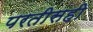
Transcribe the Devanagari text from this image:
परतीसही